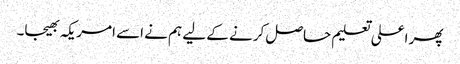
پھر اعلی تعلیم حاصل کرنے کے لیے ہم نے اسے امریکہ بھیجا۔